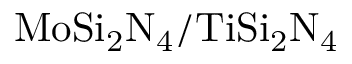
\mathrm { M o S i _ { 2 } N _ { 4 } / T i S i _ { 2 } N _ { 4 } }